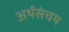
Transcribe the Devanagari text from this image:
अर्थसंचय